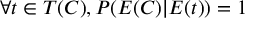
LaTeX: \forall t \in T ( C ) , P ( E ( C ) | E ( t ) ) = 1